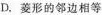
D.菱形的邻边相等